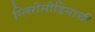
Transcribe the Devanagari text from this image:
ग्लिरीसीडियाची